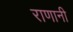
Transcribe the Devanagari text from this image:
राणानी